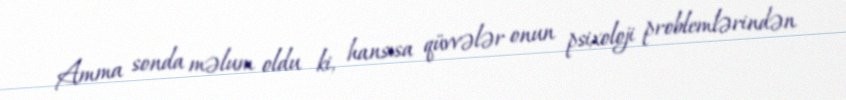
Amma sonda məlum oldu ki, hansısa qüvvələr onun psixoloji problemlərindən